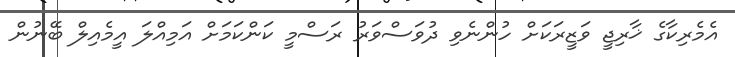
އެމެރިކާގެ ޚާރިޖީ ވަޒީރަކަށް ހުންނެވި ދުވަސްވަރު ރަސްމީ ކަންކަމަށް އަމިއްލަ އީމެއިލް ބޭނުން